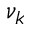
\nu _ { k }